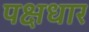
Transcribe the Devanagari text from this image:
पक्षधार